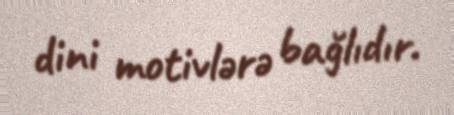
dini motivlərə bağlıdır.